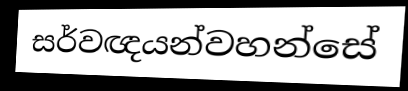
සර්වඥයන්වහන්සේ